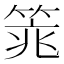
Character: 𱸉